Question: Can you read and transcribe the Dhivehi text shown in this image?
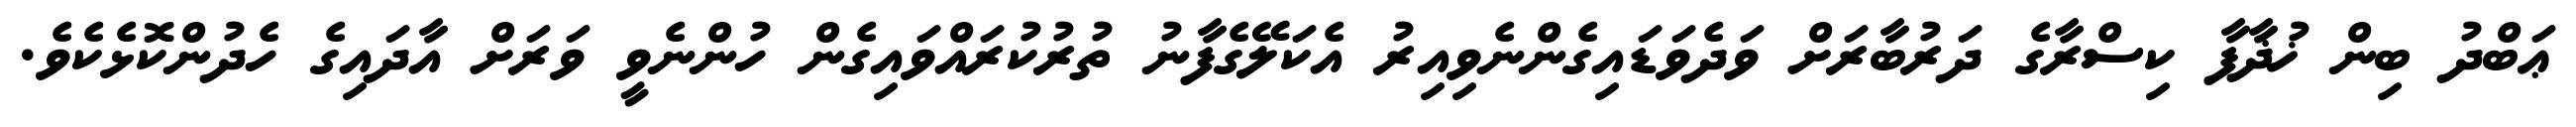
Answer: ޢަބްދު ބިން ޚުޛާފާ ކިސްރާގެ ދަރުބާރަށް ވަދެވަޑައިގެންނެވިއިރު އެކަލޭގެފާނު ތުރުކުރައްވައިގެން ހުންނެވީ ވަރަށް އާދައިގެ ހެދުންކޮޅެކެވެ.